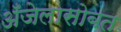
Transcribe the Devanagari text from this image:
अँजेलासोबत